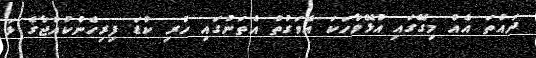
ދައްތަ އެއް މިގޭގައި އުޅޭވާހަކަ އެވަގުތު އެތަނުގައި ހުރި ކުޑަ ފިރިހެންކުއްޖާގެ ޅަ